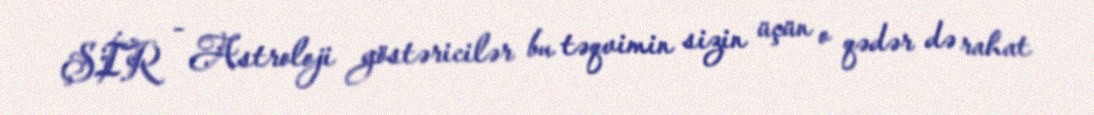
ŞİR - Astroloji göstəricilər bu təqvimin sizin üçün o qədər də rahat